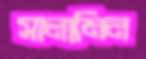
সালামিন